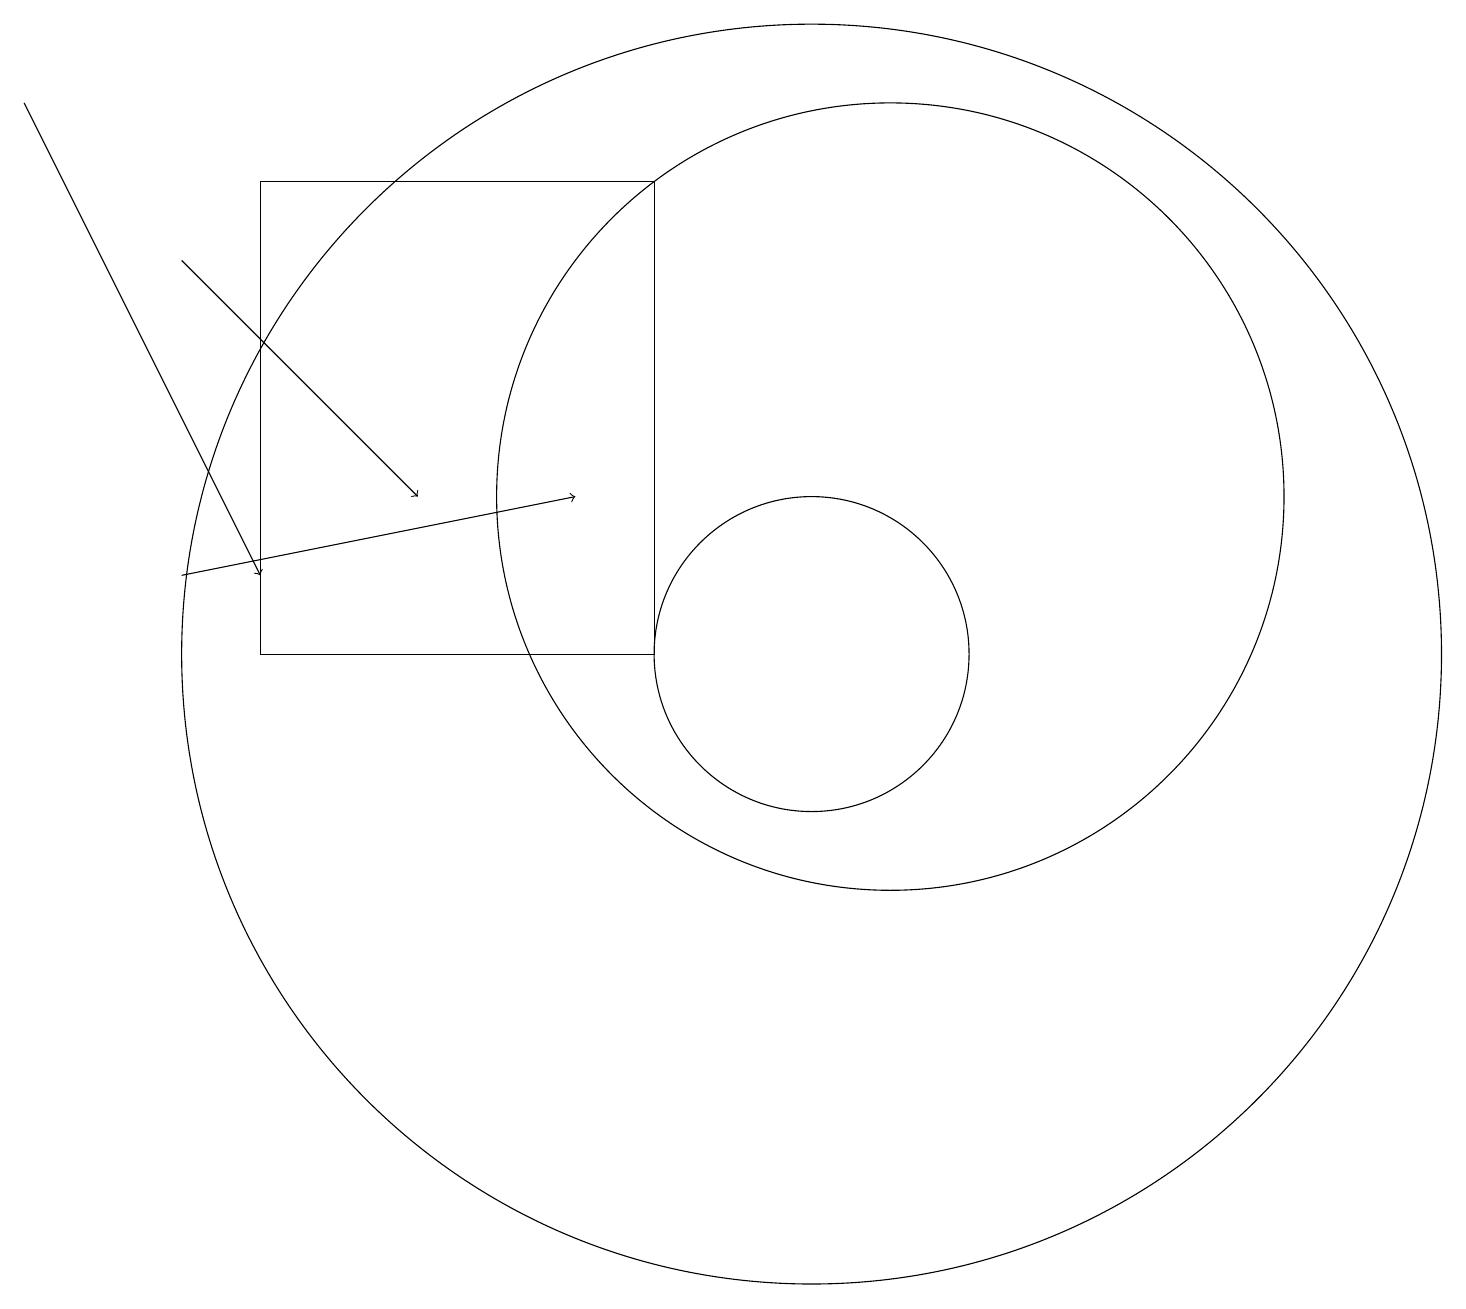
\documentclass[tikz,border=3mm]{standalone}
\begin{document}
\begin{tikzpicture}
\draw[->] (2,11) -- (7,12);
\draw (11,12) circle (5);
\draw (10,10) circle (2);
\draw (8,10) rectangle (3,16);
\draw[->] (0,17) -- (3,11);
\draw (10,10) circle (8);
\draw[->] (2,15) -- (5,12);
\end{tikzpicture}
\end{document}